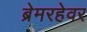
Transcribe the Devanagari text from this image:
ब्रेमरहेवर